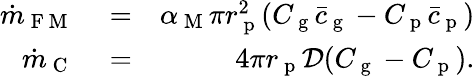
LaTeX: \begin{array}{rlr}{\dot{m}_{\mathrm{~F~M~}}}&{{}=}&{\alpha_{\mathrm{~M~}}\pi r_{\mathrm{~p~}}^{2}(C_{\mathrm{~g~}}\bar{c}_{\mathrm{~g~}}-C_{\mathrm{~p~}}\bar{c}_{\mathrm{~p~}})}\\ {\dot{m}_{\mathrm{~C~}}}&{{}=}&{4\pi r_{\mathrm{~p~}}\mathcal{D}(C_{\mathrm{~g~}}-C_{\mathrm{~p~}}).}\end{array}